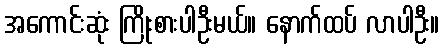
အကောင်းဆုံး ကြိုးစားပါဦးမယ်။ နောက်ထပ် လာပါဦး။